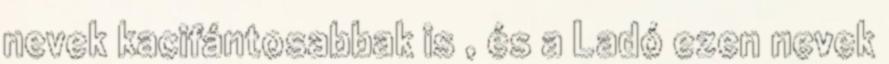
nevek kacifántosabbak is , és a Ladó ezen nevek